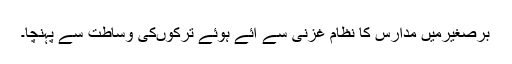
برصغیرمیں مدارس کا نظام غزنی سے آئے ہوئے ترکوںکی وساطت سے پہنچا۔